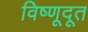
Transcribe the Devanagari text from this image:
विष्णूदूत